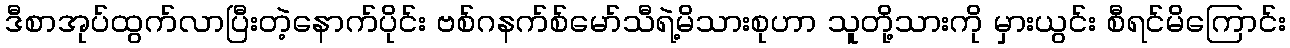
ဒီစာအုပ်ထွက်လာပြီးတဲ့နောက်ပိုင်း ဗစ်ဂနက်စ်မော်သီရဲ့မိသားစုဟာ သူတို့သားကို မှားယွင်း စီရင်မိကြောင်း